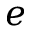
e